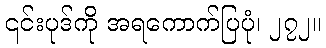
၎င်းပုဒ်ကို အရကောက်ပြပုံ၊ ၂၇၂။